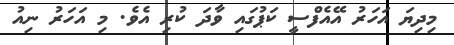
މިދިޔަ އަހަރު އޭއެފްސީ ކަޕުގައި ވާދަ ކުރި އެވެ. މި އަހަރު ނިއު